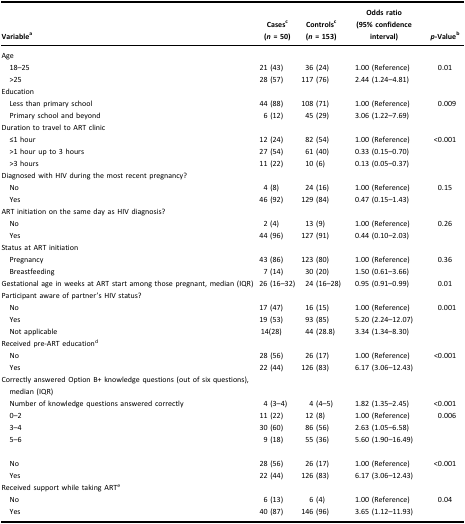
<table><thead><tr><td><b>Variable<sup>a</sup></b></td><td><b>Cases<sup>c</sup>(<i>n</i> = 50)</b></td><td><b>Controls<sup>c</sup>(<i>n</i> = 153)</b></td><td><b>Odds ratio(95% confidence interval)</b></td><td><b><i>p</i>-Value<sup>b</sup></b></td></tr></thead><tbody><tr><td>Age</td><td> </td><td> </td><td> </td><td> </td></tr><tr><td> 18–25</td><td>21 (43)</td><td>36 (24)</td><td>1.00 (Reference)</td><td>0.01</td></tr><tr><td> &gt;25</td><td>28 (57)</td><td>117 (76)</td><td>2.44 (1.24–4.81)</td><td> </td></tr><tr><td>Education</td><td> </td><td> </td><td> </td><td> </td></tr><tr><td> Less than primary school</td><td>44 (88)</td><td>108 (71)</td><td>1.00 (Reference)</td><td>0.009</td></tr><tr><td> Primary school and beyond</td><td>6 (12)</td><td>45 (29)</td><td>3.06 (1.22–7.69)</td><td> </td></tr><tr><td>Duration to travel to ART clinic</td><td> </td><td> </td><td> </td><td> </td></tr><tr><td> ≤1 hour</td><td>12 (24)</td><td>82 (54)</td><td>1.00 (Reference)</td><td>&lt;0.001</td></tr><tr><td> &gt;1 hour up to 3 hours</td><td>27 (54)</td><td>61 (40)</td><td>0.33 (0.15–0.70)</td><td> </td></tr><tr><td> &gt;3 hours</td><td>11 (22)</td><td>10 (6)</td><td>0.13 (0.05–0.37)</td><td> </td></tr><tr><td>Diagnosed with HIV during the most recent pregnancy?</td><td> </td><td> </td><td> </td><td> </td></tr><tr><td> No</td><td>4 (8)</td><td>24 (16)</td><td>1.00 (Reference)</td><td>0.15</td></tr><tr><td> Yes</td><td>46 (92)</td><td>129 (84)</td><td>0.47 (0.15–1.43)</td><td> </td></tr><tr><td>ART initiation on the same day as HIV diagnosis?</td><td> </td><td> </td><td> </td><td> </td></tr><tr><td> No</td><td>2 (4)</td><td>13 (9)</td><td>1.00 (Reference)</td><td>0.26</td></tr><tr><td> Yes</td><td>44 (96)</td><td>127 (91)</td><td>0.44 (0.10–2.03)</td><td> </td></tr><tr><td>Status at ART initiation</td><td> </td><td> </td><td> </td><td> </td></tr><tr><td> Pregnancy</td><td>43 (86)</td><td>123 (80)</td><td>1.00 (Reference)</td><td>0.36</td></tr><tr><td> Breastfeeding</td><td>7 (14)</td><td>30 (20)</td><td>1.50 (0.61–3.66)</td><td> </td></tr><tr><td>Gestational age in weeks at ART start among those pregnant, median (IQR)</td><td>26 (16–32)</td><td>24 (16–28)</td><td>0.95 (0.91–0.99)</td><td>0.01</td></tr><tr><td>Participant aware of partner’s HIV status?</td><td> </td><td> </td><td> </td><td> </td></tr><tr><td> No</td><td>17 (47)</td><td>16 (15)</td><td>1.00 (Reference)</td><td>0.001</td></tr><tr><td> Yes</td><td>19 (53)</td><td>93 (85)</td><td>5.20 (2.24–12.07)</td><td> </td></tr><tr><td> Not applicable</td><td>14(28)</td><td>44 (28.8)</td><td>3.34 (1.34–8.30)</td><td> </td></tr><tr><td>Received pre-ART education<sup>d</sup></td><td> </td><td> </td><td> </td><td> </td></tr><tr><td> No</td><td>28 (56)</td><td>26 (17)</td><td>1.00 (Reference)</td><td>&lt;0.001</td></tr><tr><td> Yes</td><td>22 (44)</td><td>126 (83)</td><td>6.17 (3.06–12.43)</td><td> </td></tr><tr><td>Correctly answered Option B+ knowledge questions (out of six questions), median (IQR)</td><td> </td><td> </td><td> </td><td> </td></tr><tr><td> Number of knowledge questions answered correctly</td><td>4 (3–4)</td><td>4 (4–5)</td><td>1.82 (1.35–2.45)</td><td>&lt;0.001</td></tr><tr><td> 0–2</td><td>11 (22)</td><td>12 (8)</td><td>1.00 (Reference)</td><td>0.006</td></tr><tr><td> 3–4</td><td>30 (60)</td><td>86 (56)</td><td>2.63 (1.05–6.58)</td><td> </td></tr><tr><td> 5–6</td><td>9 (18)</td><td>55 (36)</td><td>5.60 (1.90–16.49)</td><td> </td></tr><tr><td> </td><td> </td><td> </td><td> </td><td> </td></tr><tr><td> No</td><td>28 (56)</td><td>26 (17)</td><td>1.00 (Reference)</td><td>&lt;0.001</td></tr><tr><td> Yes</td><td>22 (44)</td><td>126 (83)</td><td>6.17 (3.06–12.43)</td><td> </td></tr><tr><td>Received support while taking ART<sup>e</sup></td><td> </td><td> </td><td> </td><td> </td></tr><tr><td> No</td><td>6 (13)</td><td>6 (4)</td><td>1.00 (Reference)</td><td>0.04</td></tr><tr><td> Yes</td><td>40 (87)</td><td>146 (96)</td><td>3.65 (1.12–11.93)</td><td> </td></tr></tbody></table>